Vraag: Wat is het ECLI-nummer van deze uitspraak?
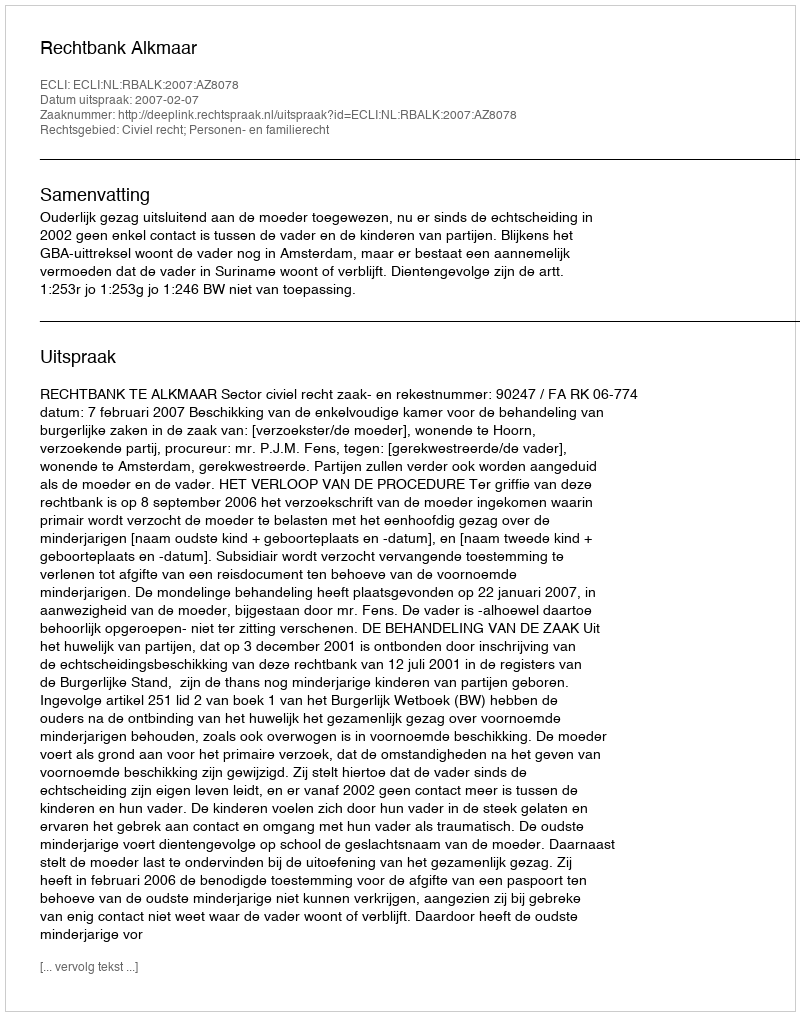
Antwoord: ECLI:NL:RBALK:2007:AZ8078